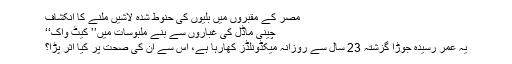
مصر کے مقبروں میں بلیوں کی حنوط شدہ لاشیں ملنے کا انکشاف
چینی ماڈل کی غباروں سے بنے ملبوسات میں’’ کیٹ واک‘‘
یہ عمر رسیدہ جوڑا گزشتہ 23 سال سے روزانہ میکڈونلڈز کھارہا ہے، اس سے ان کی صحت پر کیا اثر پڑا؟